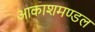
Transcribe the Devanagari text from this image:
आकाशमण्डल